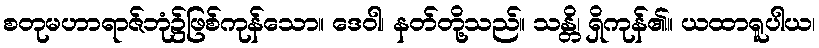
စတုမဟာရာဇ်ဘုံ၌ဖြစ်ကုန်သော။ ဒေဝါ၊ နတ်တို့သည်။ သန္တိ၊ ရှိကုန်၏။ ယထာရူပါယ၊